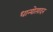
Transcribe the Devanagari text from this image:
धान्योत्पादन